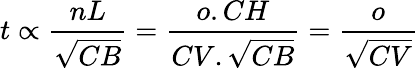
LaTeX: t\propto{\frac{nL}{\sqrt{CB}}}={\frac{o.CH}{CV.{\sqrt{CB}}}}={\frac{o}{\sqrt{CV}}}